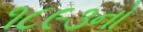
૧૮૯૩નો